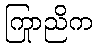
ကြာညိုက